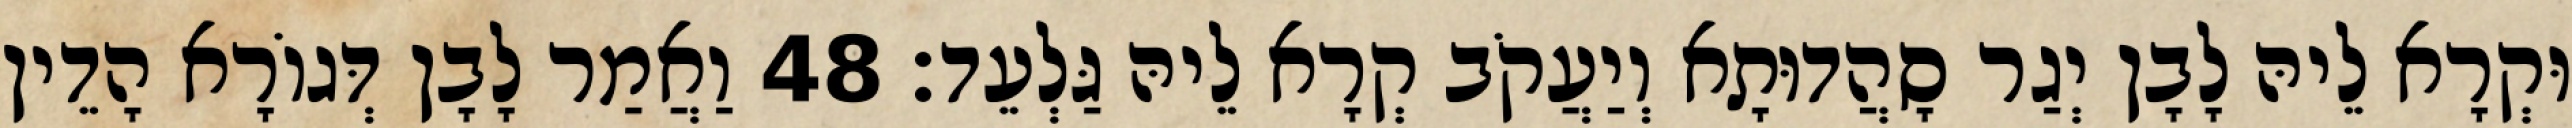
וּקְרָא לֵיהּ לָבָן יְגַר סָהֲדוּתָא וְיַעֲקֹב קְרָא לֵיהּ גַּלְעֵד׃ 48 וַאֲמַר לָבָן דְּגוֹרָא הָדֵין